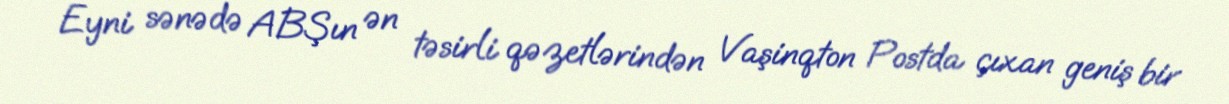
Eyni sənədə ABŞın ən təsirli qəzetlərindən Vaşinqton Postda çıxan geniş bir